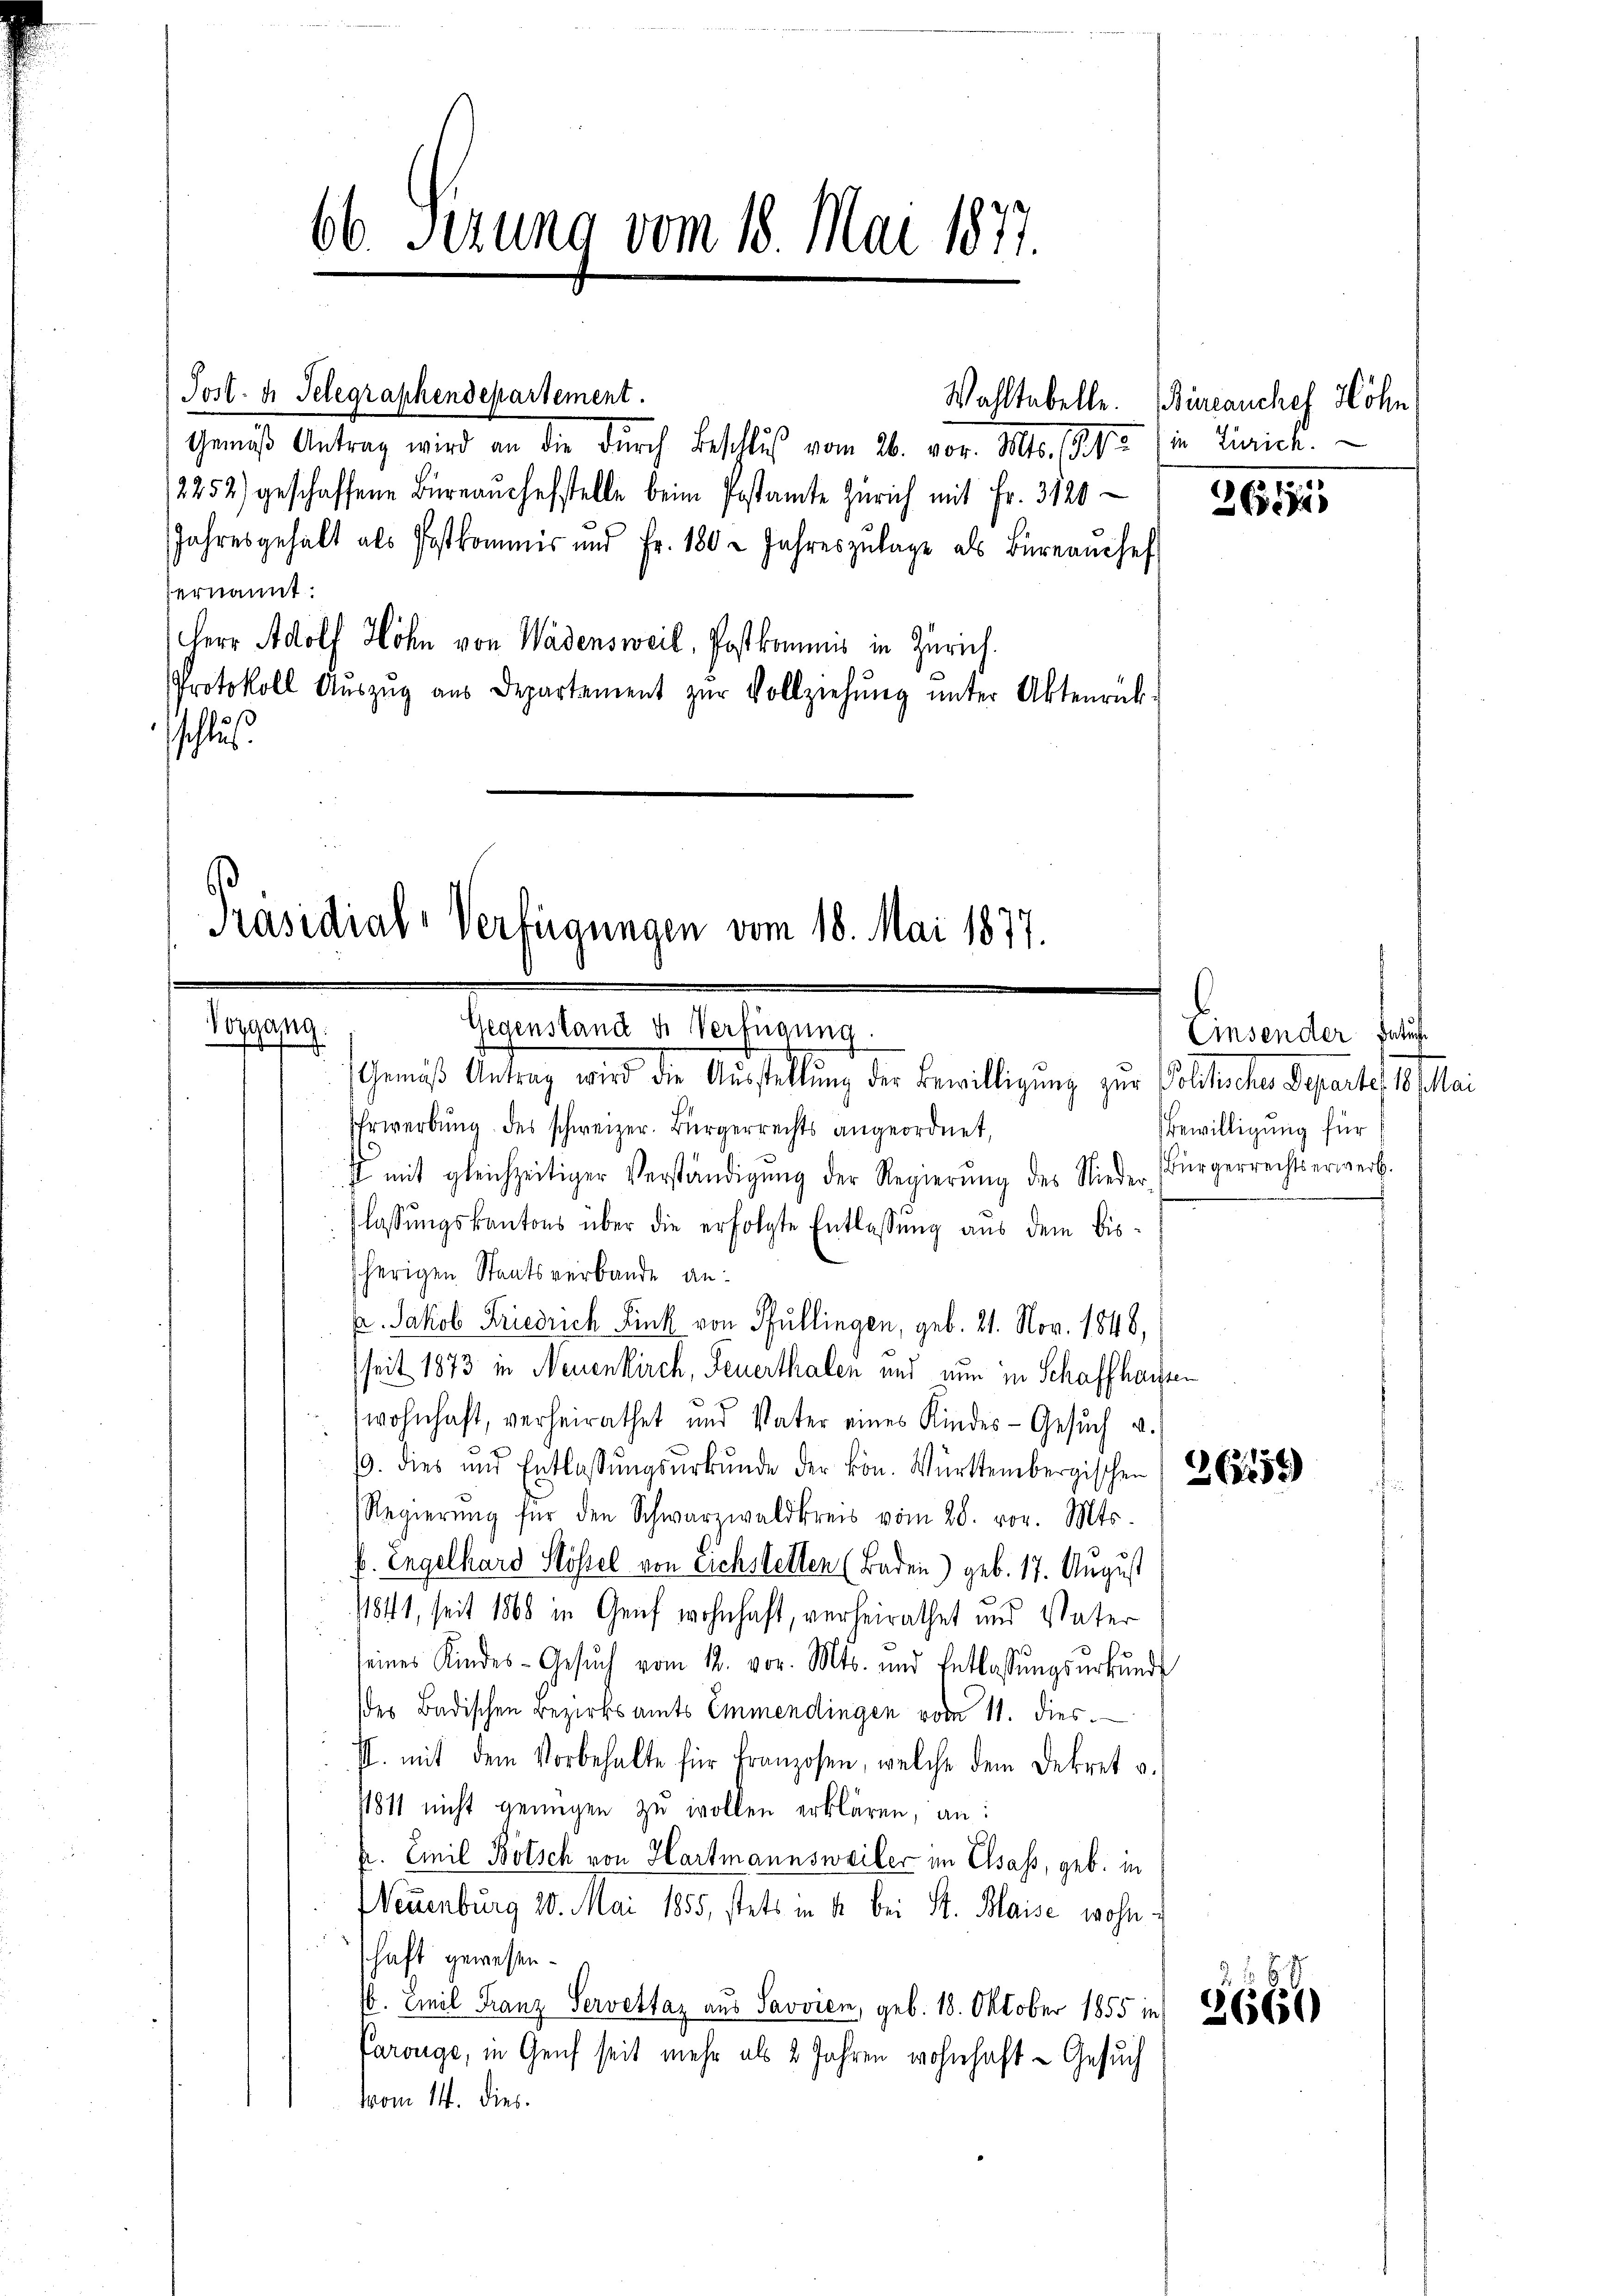
66. Sezung vom 18. Mai 1877.

Gemäß Antrag wird an die durch Beschluß vom 26. Mts. (Ge (in Zürich.
2252) geschaffene Büreaŭchefstelle beim Postamte Zürich mit Fr. 3120
Jahresgehalt als Postkommis ŭnd Fr. 180 2 Jahreszŭlage als Büreaŭchef
hernannt:
Herr Adolf Höhn von Wädensweil, Postkommis in Zürich.
Protokoll Aŭszŭg aŭs Departement zŭr Vollziehŭng ŭnter Aktenrück-
schlus

Post. d. Telegraphendepartement.

Präsidial-Verfügungen vom 18. Mai 1877.
Vorgang.
Gegenstand u. Verfügung.
Gemäβ Antrag wird die Aŭsstellŭng der Bewilligung zur Politisches Departes 18. Mai

Ehrwerbung des schweizer. Bürgerrechts angeordnet,
st mit gleichzeitiger Verständigŭng der Regierŭng des Nieder Bürgerrechtserwerb.
flassŭngskantons über die erfolgte Entlassŭng aus dem bis-
sherigen Staatsverbande anr. Jakob Friedrich Fink von Pfullingen, geb. 21. Nov. 1848,
sseit 1873 in Neuenkirch, Feuerthalen und nun in Schaffhausen
wohnhaft, verheirathet und Vater eines Kindes-Gesŭch u.
19. dies und Entlaßungsurkunde der kön. Württembergischen 265
Regierŭng für den Schwarzwaldkreis vom 28. vor. Mts.
f. Engelhard Klössel von Eichstellen (Baden) geb. 17. August
11841, seit 1868 in Genf wohnhaft, verheirathet und Vater
seines Kindes-Gesŭch vom 12. vor. Mts. und Entlassŭngsurkunde
(des Badischen Bezirksamts Emmendingen vom 11. dies
Il. mit dem Vorbehalte für Franzosen, welche dem Dekret u.
11811 nicht genügen zu wollen erklären, an:
u. Emil Bötsch von Hartmannsweiler im Elsass, geb. in
Neuenburg 20. Mai 1855, stets in A. bei St. Blaise wohne
schaft gewesen.
. Emil Franz Servettaz aus Savoren, geb. 18. Oktober 1855 in § 65656)
varouge, in Genf seit mehr als 2 Jahren wohnhaft - Gesuch
vom 14. dies

Wahltabelle. (in auches Höhn

36,571

Einsender Satu
Bewilligung für